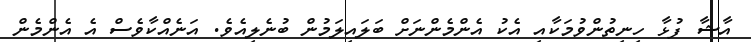
އާޝާ ފުޅާ ހިނިތުންވުމަކާއި އެކު އެންމެންނަށް ބަލައިލަމުން ބުނެލިއެވެ. އަނެއްކާވެސް އެ އެންމެން